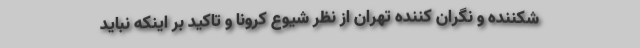
شکننده و نگران کننده تهران از نظر شیوع کرونا و تاکید بر اینکه نباید